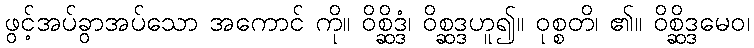
ဖွင့်အပ်ခွာအပ်သော အကောင် ကို။ ဝိစ္ဆိဒ္ဒံ၊ ဝိစ္ဆဒ္ဒဟူ၍။ ဝုစ္စတိ၊ ၏။ ဝိစ္ဆိဒ္ဒမေဝ၊